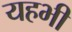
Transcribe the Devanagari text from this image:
यहभी